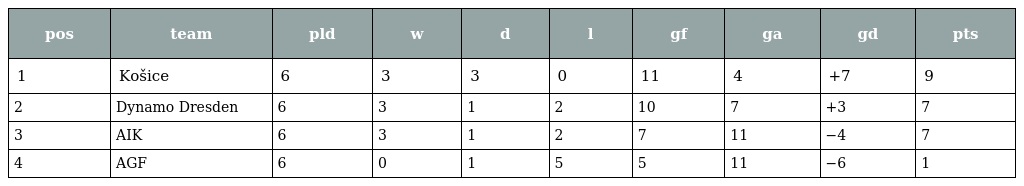
| pos | team | pld | w | d | l | gf | ga | gd | pts |
 | --- | --- | --- | --- | --- | --- | --- | --- | --- | --- |
 | 1 | Košice | 6 | 3 | 3 | 0 | 11 | 4 | +7 | 9 |
 | 2 | Dynamo Dresden | 6 | 3 | 1 | 2 | 10 | 7 | +3 | 7 |
 | 3 | AIK | 6 | 3 | 1 | 2 | 7 | 11 | −4 | 7 |
 | 4 | AGF | 6 | 0 | 1 | 5 | 5 | 11 | −6 | 1 |